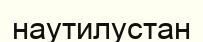
наутилустан